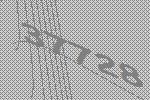
37728